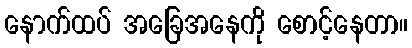
နောက်ထပ် အခြေအနေကို စောင့်နေတာ။